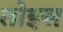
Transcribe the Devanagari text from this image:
तोइस